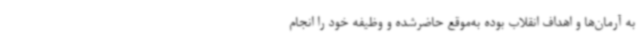
به آرمان‌ها و اهداف انقلاب بوده به‌موقع حاضرشده و وظیفه خود را انجام